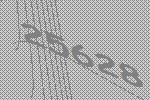
25628